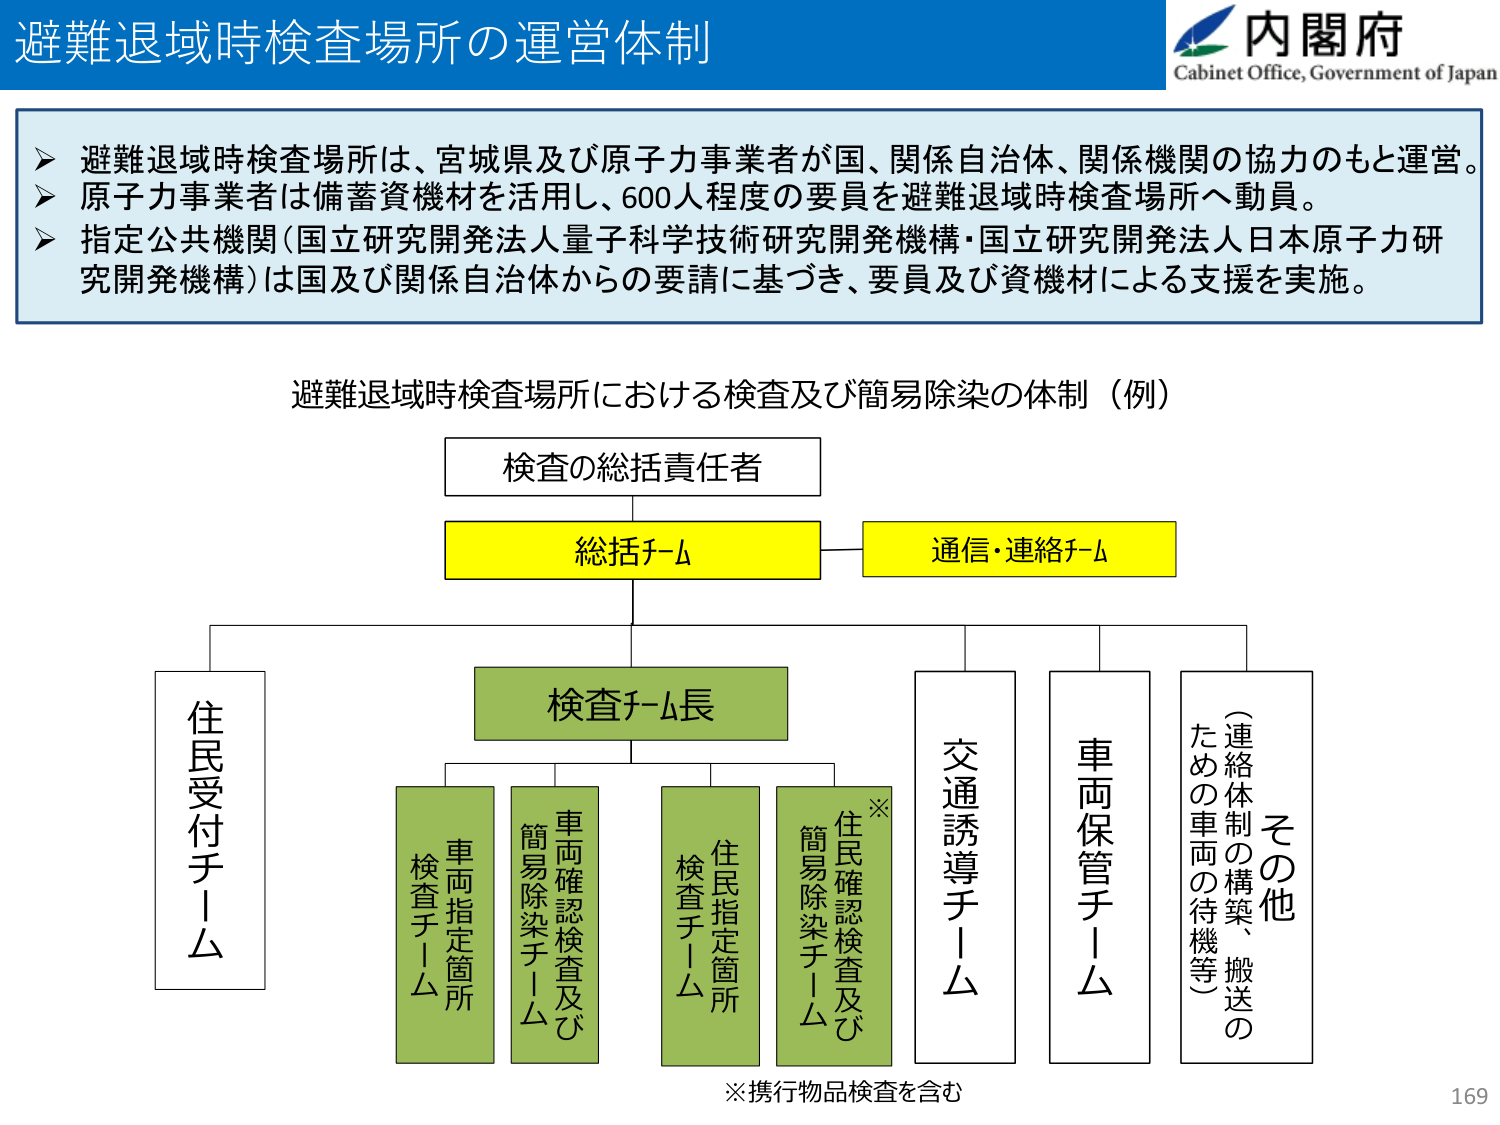
避難退域時検査場所の運営体制

内閣府
Cabinet Office, Government of Japan

➤ 避難退域時検査場所は、宮城県及び原子力事業者が国、関係自治体、関係機関の協力のもと運営。
➤ 原子力事業者は備蓄資機材を活用し、600人程度の要員を避難退域時検査場所へ動員。
➤ 指定公共機関（国立研究開発法人量子科学技術研究開発機構・国立研究開発法人日本原子力研究開発機構）は国及び関係自治体からの要請に基づき、要員及び資機材による支援を実施。

避難退域時検査場所における検査及び簡易除染の体制（例）

検査の総括責任者

総括チーム
通信・連絡チーム

住民受付チーム

検査チーム長

車両指定箇所
検査チーム

車両確認検査及び
簡易除染チーム

住民指定箇所
検査チーム

住民確認検査及び
簡易除染チーム
※

交通誘導チーム

車両保管チーム

その他
（連絡体制の構築、搬送の
ための車両の待機等）

※携行物品検査を含む

169